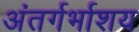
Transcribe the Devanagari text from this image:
अंतर्गर्भाशय